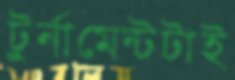
টুর্নামেন্টটাই